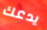
يدعك